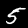
Label: 5